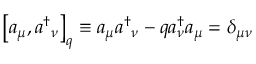
{ } \left[ a _ { \mu } , a { ^ \dagger } { _ \nu } \right] _ { q } \equiv a _ { \mu } a { ^ \dagger } _ { \nu } - q a _ { \nu } ^ { \dagger } a _ { \mu } = \delta _ { \mu \nu }